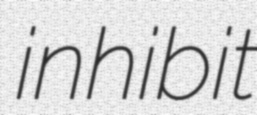
inhibit